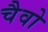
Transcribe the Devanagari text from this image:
चैवो